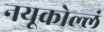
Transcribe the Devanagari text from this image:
नयूकोल्लं